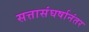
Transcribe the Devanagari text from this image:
सत्तासंघर्षानंतर